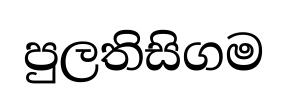
පුලතිසිගම